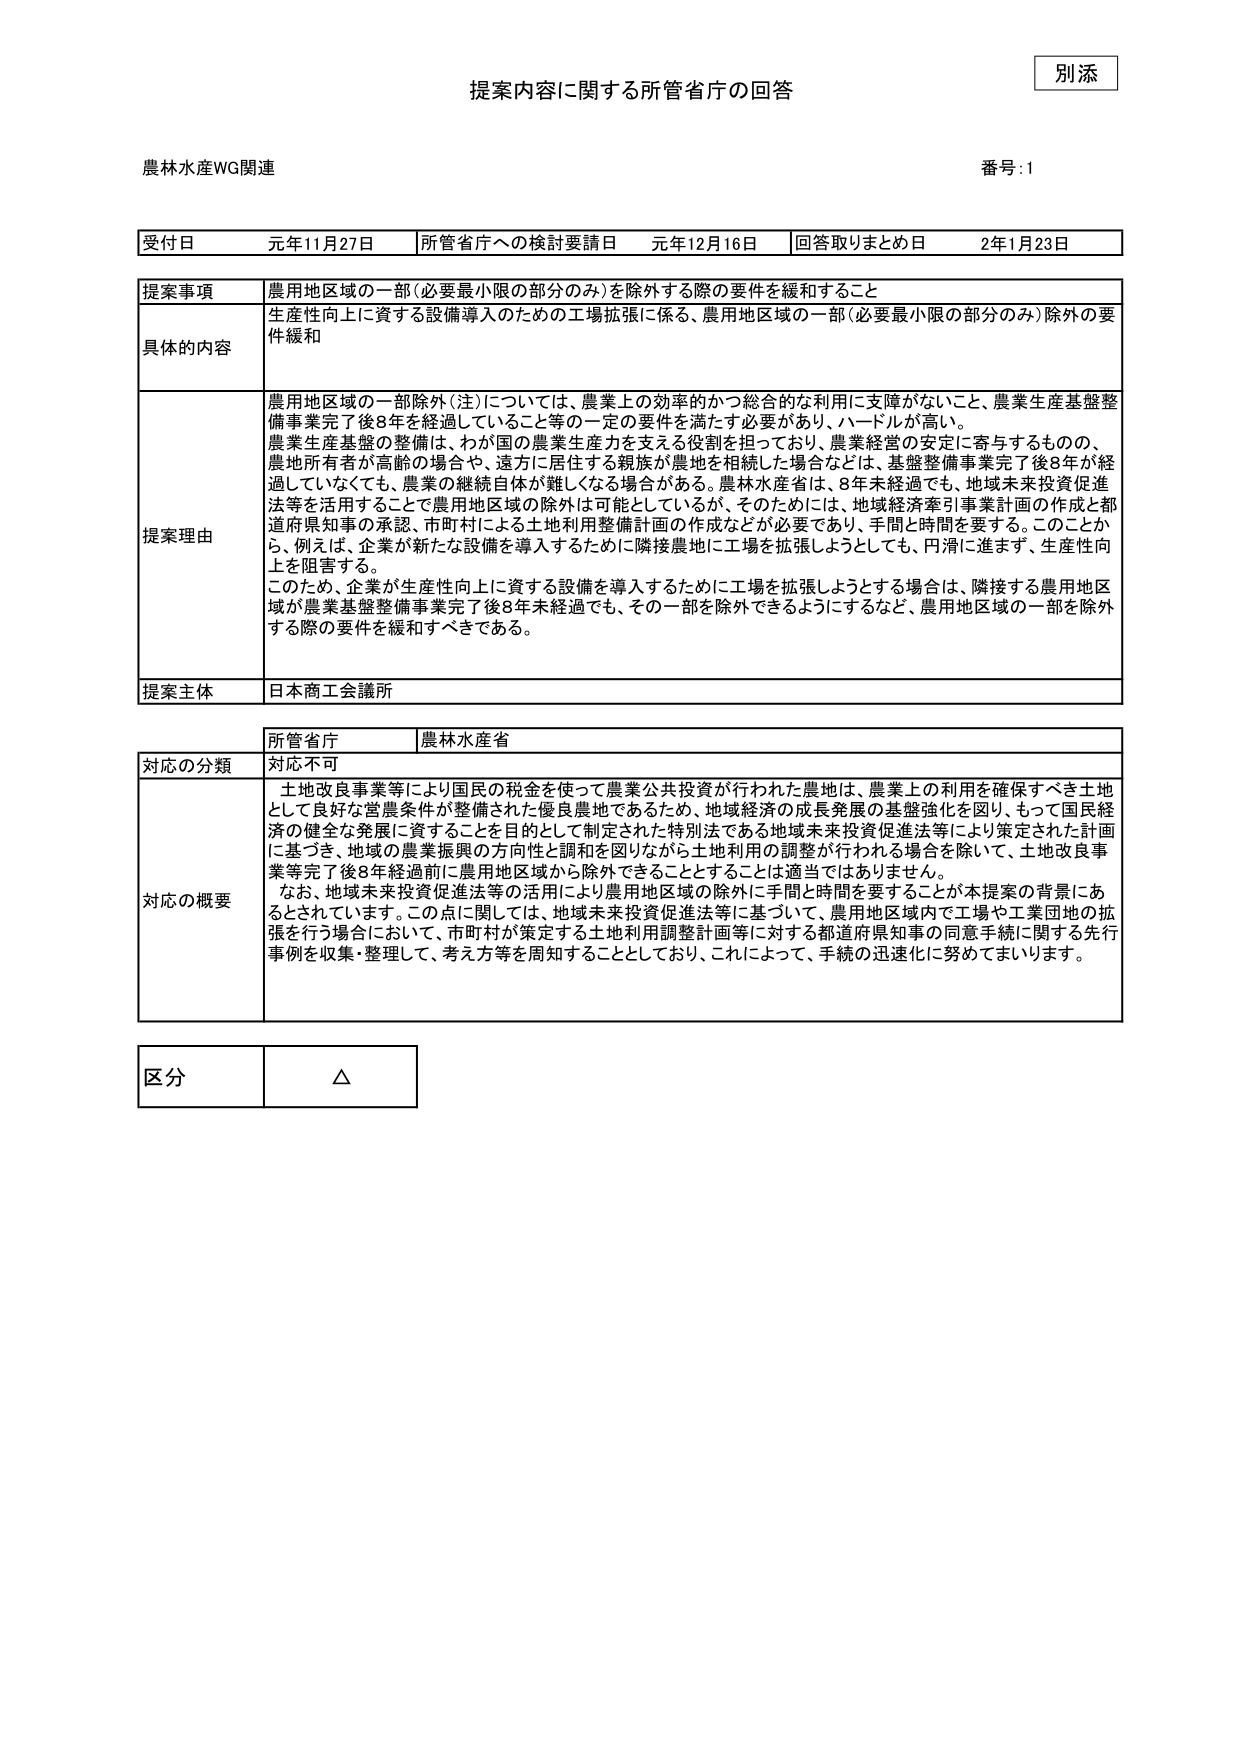
別添

提案内容に関する所管省庁の回答

農林水産WG関連 番号:1

受付日 元年11月27日 所管省庁への検討要請日 元年12月16日 回答取りまとめ日 2年1月23日

提案事項 農用地区域の一部（必要最小限の部分のみ）を除外する際の要件を緩和すること

具体的な内容 生産性向上に資する設備導入のための工場拡張に係る、農用地区域の一部（必要最小限の部分のみ）除外の要件緩和

提案理由 農用地区域の一部除外（注）については、農業上の効率的かつ総合的な利用に支障がないこと、農業生産基盤整備事業完了後8年を経過していること等の一定の要件を満たす必要があり、ハードルが高い。農業生産基盤の整備は、わが国の農業生産力を支える役割を担っており、農業経営の安定に寄与するものの、農地所有者が高齢の場合や、遠方に居住する親族が農地を相続した場合などは、基盤整備事業完了後8年が経過していなくても、農業の継続自体が難しくなる場合がある。農林水産省は、8年未経過でも、地域未来投資促進法等を活用することで農用地区域の除外は可能としているが、そのためには、地域経済牽引事業計画の作成と都道府県知事の承認、市町村による土地利用整備計画の作成などが必要であり、手間と時間を要する。このことから、例えば、企業が新たな設備を導入するために隣接農地に工場を拡張しようとしても、円滑に進まず、生産性向上を阻害する。

このため、企業が生産性向上に資する設備を導入するために工場を拡張しようとする場合は、隣接する農用地区域が農業基盤整備事業完了後8年未経過でも、その一部を除外できるようにするなど、農用地区域の一部を除外する際の要件を緩和すべきである。

提案主体 日本商工会議所

所管省庁 農林水産省

対応の分類 対応不可

対応の概要 土地改良事業等により国民の税金を使って農業公共投資が行われた農地は、農業上の利用を確保すべき土地として良好な営農条件が整備された優良農地であるため、地域経済の成長発展の基盤強化を図り、もって国民経済の健全な発展に資することを目的として制定された特別法である地域未来投資促進法等により策定された計画に基づき、地域の農業振興の方向性と調和を図りながら土地利用の調整が行われる場合を除いて、土地改良事業等完了後8年経過前に農用地区域から除外できることとすることは適当ではありません。

なお、地域未来投資促進法等の活用により農用地区域の除外に手間と時間を要することが本提案の背景にあるとされています。この点に関しては、地域未来投資促進法等に基づいて、農用地区域内で工場や工業団地の拡張を行う場合において、市町村が策定する土地利用調整計画等に対する都道府県知事の同意手続に関する先行事例を収集・整理して、考え方等を周知することとしており、これによって、手続の迅速化に努めてまいります。

区分 △